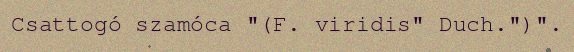
Csattogó szamóca "(F. viridis" Duch.")".